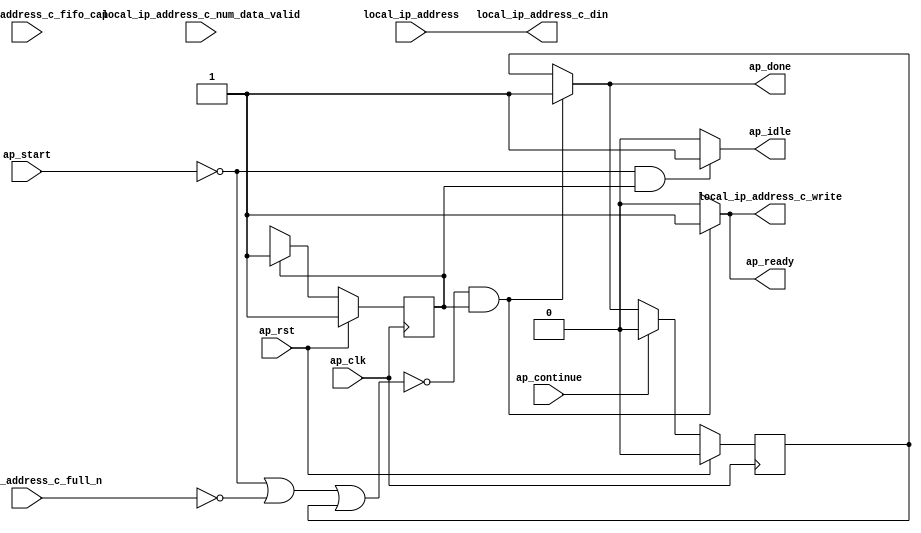
// ==============================================================
// RTL generated by Vitis HLS - High-Level Synthesis from C, C++ and OpenCL v2022.1 (64-bit)
// Version: 2022.1
// Copyright (C) Copyright 1986-2022 Xilinx, Inc. All Rights Reserved.
// 
// ===========================================================

`timescale 1 ns / 1 ps 

module rocev2_top_entry_proc (
        ap_clk,
        ap_rst,
        ap_start,
        ap_done,
        ap_continue,
        ap_idle,
        ap_ready,
        local_ip_address,
        local_ip_address_c_din,
        local_ip_address_c_num_data_valid,
        local_ip_address_c_fifo_cap,
        local_ip_address_c_full_n,
        local_ip_address_c_write
);

parameter    ap_ST_fsm_state1 = 1'd1;

input   ap_clk;
input   ap_rst;
input   ap_start;
output   ap_done;
input   ap_continue;
output   ap_idle;
output   ap_ready;
input  [127:0] local_ip_address;
output  [127:0] local_ip_address_c_din;
input  [2:0] local_ip_address_c_num_data_valid;
input  [2:0] local_ip_address_c_fifo_cap;
input   local_ip_address_c_full_n;
output   local_ip_address_c_write;

reg ap_done;
reg ap_idle;
reg ap_ready;
reg local_ip_address_c_write;

reg    ap_done_reg;
(* fsm_encoding = "none" *) reg   [0:0] ap_CS_fsm;
wire    ap_CS_fsm_state1;
reg    local_ip_address_c_blk_n;
reg    ap_block_state1;
reg   [0:0] ap_NS_fsm;
reg    ap_ST_fsm_state1_blk;
wire    ap_ce_reg;

// power-on initialization
initial begin
#0 ap_done_reg = 1'b0;
#0 ap_CS_fsm = 1'd1;
end

always @ (posedge ap_clk) begin
    if (ap_rst == 1'b1) begin
        ap_CS_fsm <= ap_ST_fsm_state1;
    end else begin
        ap_CS_fsm <= ap_NS_fsm;
    end
end

always @ (posedge ap_clk) begin
    if (ap_rst == 1'b1) begin
        ap_done_reg <= 1'b0;
    end else begin
        if ((ap_continue == 1'b1)) begin
            ap_done_reg <= 1'b0;
        end else if ((~((ap_start == 1'b0) | (local_ip_address_c_full_n == 1'b0) | (ap_done_reg == 1'b1)) & (1'b1 == ap_CS_fsm_state1))) begin
            ap_done_reg <= 1'b1;
        end
    end
end

always @ (*) begin
    if (((ap_start == 1'b0) | (local_ip_address_c_full_n == 1'b0) | (ap_done_reg == 1'b1))) begin
        ap_ST_fsm_state1_blk = 1'b1;
    end else begin
        ap_ST_fsm_state1_blk = 1'b0;
    end
end

always @ (*) begin
    if ((~((ap_start == 1'b0) | (local_ip_address_c_full_n == 1'b0) | (ap_done_reg == 1'b1)) & (1'b1 == ap_CS_fsm_state1))) begin
        ap_done = 1'b1;
    end else begin
        ap_done = ap_done_reg;
    end
end

always @ (*) begin
    if (((ap_start == 1'b0) & (1'b1 == ap_CS_fsm_state1))) begin
        ap_idle = 1'b1;
    end else begin
        ap_idle = 1'b0;
    end
end

always @ (*) begin
    if ((~((ap_start == 1'b0) | (local_ip_address_c_full_n == 1'b0) | (ap_done_reg == 1'b1)) & (1'b1 == ap_CS_fsm_state1))) begin
        ap_ready = 1'b1;
    end else begin
        ap_ready = 1'b0;
    end
end

always @ (*) begin
    if ((~((ap_start == 1'b0) | (ap_done_reg == 1'b1)) & (1'b1 == ap_CS_fsm_state1))) begin
        local_ip_address_c_blk_n = local_ip_address_c_full_n;
    end else begin
        local_ip_address_c_blk_n = 1'b1;
    end
end

always @ (*) begin
    if ((~((ap_start == 1'b0) | (local_ip_address_c_full_n == 1'b0) | (ap_done_reg == 1'b1)) & (1'b1 == ap_CS_fsm_state1))) begin
        local_ip_address_c_write = 1'b1;
    end else begin
        local_ip_address_c_write = 1'b0;
    end
end

always @ (*) begin
    case (ap_CS_fsm)
        ap_ST_fsm_state1 : begin
            ap_NS_fsm = ap_ST_fsm_state1;
        end
        default : begin
            ap_NS_fsm = 'bx;
        end
    endcase
end

assign ap_CS_fsm_state1 = ap_CS_fsm[32'd0];

always @ (*) begin
    ap_block_state1 = ((ap_start == 1'b0) | (local_ip_address_c_full_n == 1'b0) | (ap_done_reg == 1'b1));
end

assign local_ip_address_c_din = local_ip_address;

endmodule //rocev2_top_entry_proc